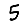
Digit: 5